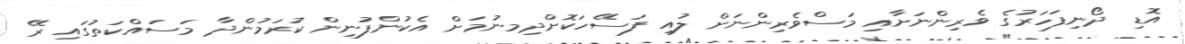
އޮޑި ދޯނިފަހަރުގެ ވެރިންނަށާއި މަސްވެރިންނަށް ލުއި ފަސޭހަކޮށްދިމނުމަށް އެކުންފުނިން ކުރަމުންދާ މަސައްކަތުގައި ރޭ